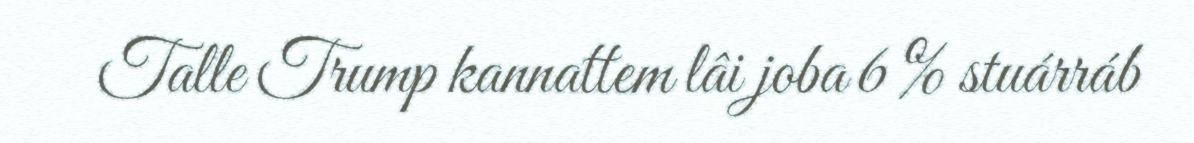
Talle Trump kannattem lâi joba 6 % stuárráb